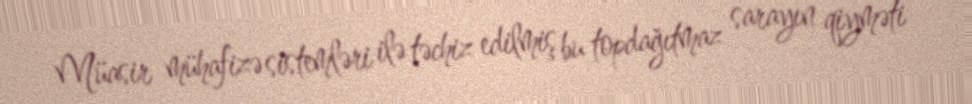
Müasir mühafizə sistemləri ilə təchiz edilmiş bu topdağıtmaz sarayın qiyməti